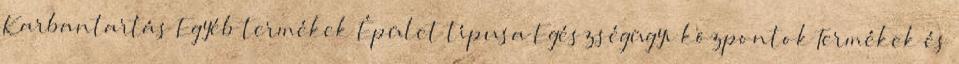
Karbantartás Egyéb termékek Épület típusa Egészségügyi központok Termékek és